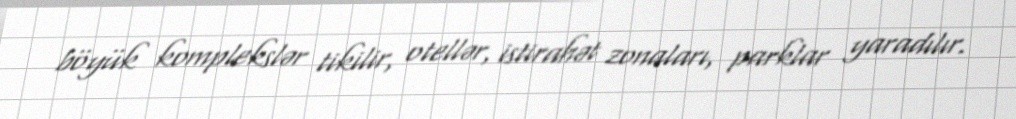
böyük komplekslər tikilir, otellər, istirahət zonaları, parklar yaradılır.